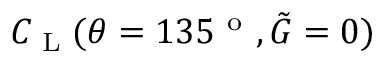
C _ { \textup { L } } ( \theta = 1 3 5 ^ { \mathrm { ~ o ~ } } , \tilde { G } = 0 )